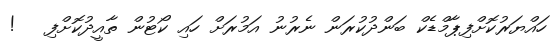
ހައްޔަރުކޮށްފިޕާމްޑެކް ބަންދުކުރަން ނެރުނު އަމުރަށް ހައި ކޯޓުން ތާއީދުކޮށްފި   !